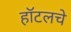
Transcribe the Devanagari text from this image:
हॉटलचे